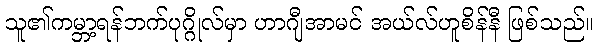
သူ၏ကမ္ဘာ့ရန်ဘက်ပုဂ္ဂိုလ်မှာ ဟာဂျီအာမင် အယ်လ်ဟူစိန်နီ ဖြစ်သည်။